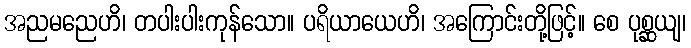
အညမညေဟိ၊ တပါးပါးကုန်သော။ ပရိယာယေဟိ၊ အကြောင်းတို့ဖြင့်။ စေ ပုစ္ဆယျ၊